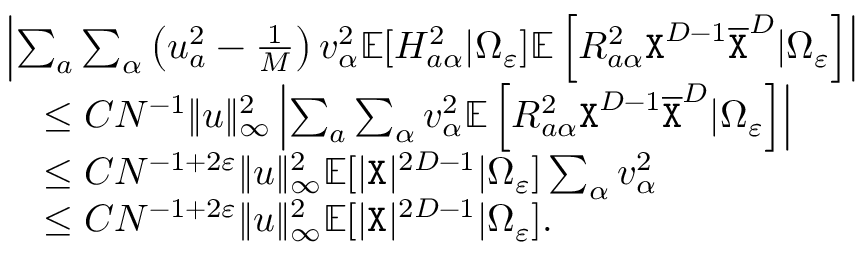
\begin{array} { r l } & { \left| \sum _ { a } \sum _ { \alpha } \left( u _ { a } ^ { 2 } - \frac 1 { M } \right) v _ { \alpha } ^ { 2 } \mathbb { E } [ H _ { a \alpha } ^ { 2 } | \Omega _ { \varepsilon } ] \mathbb { E } \left[ R _ { a \alpha } ^ { 2 } { \texttt X } ^ { D - 1 } \overline { { { \texttt X } } } ^ { D } | \Omega _ { \varepsilon } \right] \right| } \\ & { ~ ~ ~ \leq C N ^ { - 1 } \| { \boldsymbol u } \| _ { \infty } ^ { 2 } \left| \sum _ { a } \sum _ { \alpha } v _ { \alpha } ^ { 2 } \mathbb { E } \left[ R _ { a \alpha } ^ { 2 } { \texttt X } ^ { D - 1 } \overline { { { \texttt X } } } ^ { D } | \Omega _ { \varepsilon } \right] \right| } \\ & { ~ ~ ~ \leq C N ^ { - 1 + 2 \varepsilon } \| { \boldsymbol u } \| _ { \infty } ^ { 2 } \mathbb { E } [ | { \texttt X } | ^ { 2 D - 1 } | \Omega _ { \varepsilon } ] \sum _ { \alpha } v _ { \alpha } ^ { 2 } } \\ & { ~ ~ ~ \leq C N ^ { - 1 + 2 \varepsilon } \| { \boldsymbol u } \| _ { \infty } ^ { 2 } \mathbb { E } [ | { \texttt X } | ^ { 2 D - 1 } | \Omega _ { \varepsilon } ] . } \end{array}